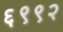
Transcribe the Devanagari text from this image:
६९९२